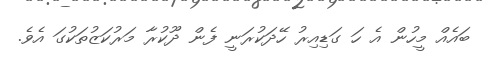
ބައެއް މީހުން އެ ހަ ގަޑިއިރު ހޭދަކުރަނީ ފެން ދޫކުރާ މަރުކަޒުތަކުގަ އެވެ.